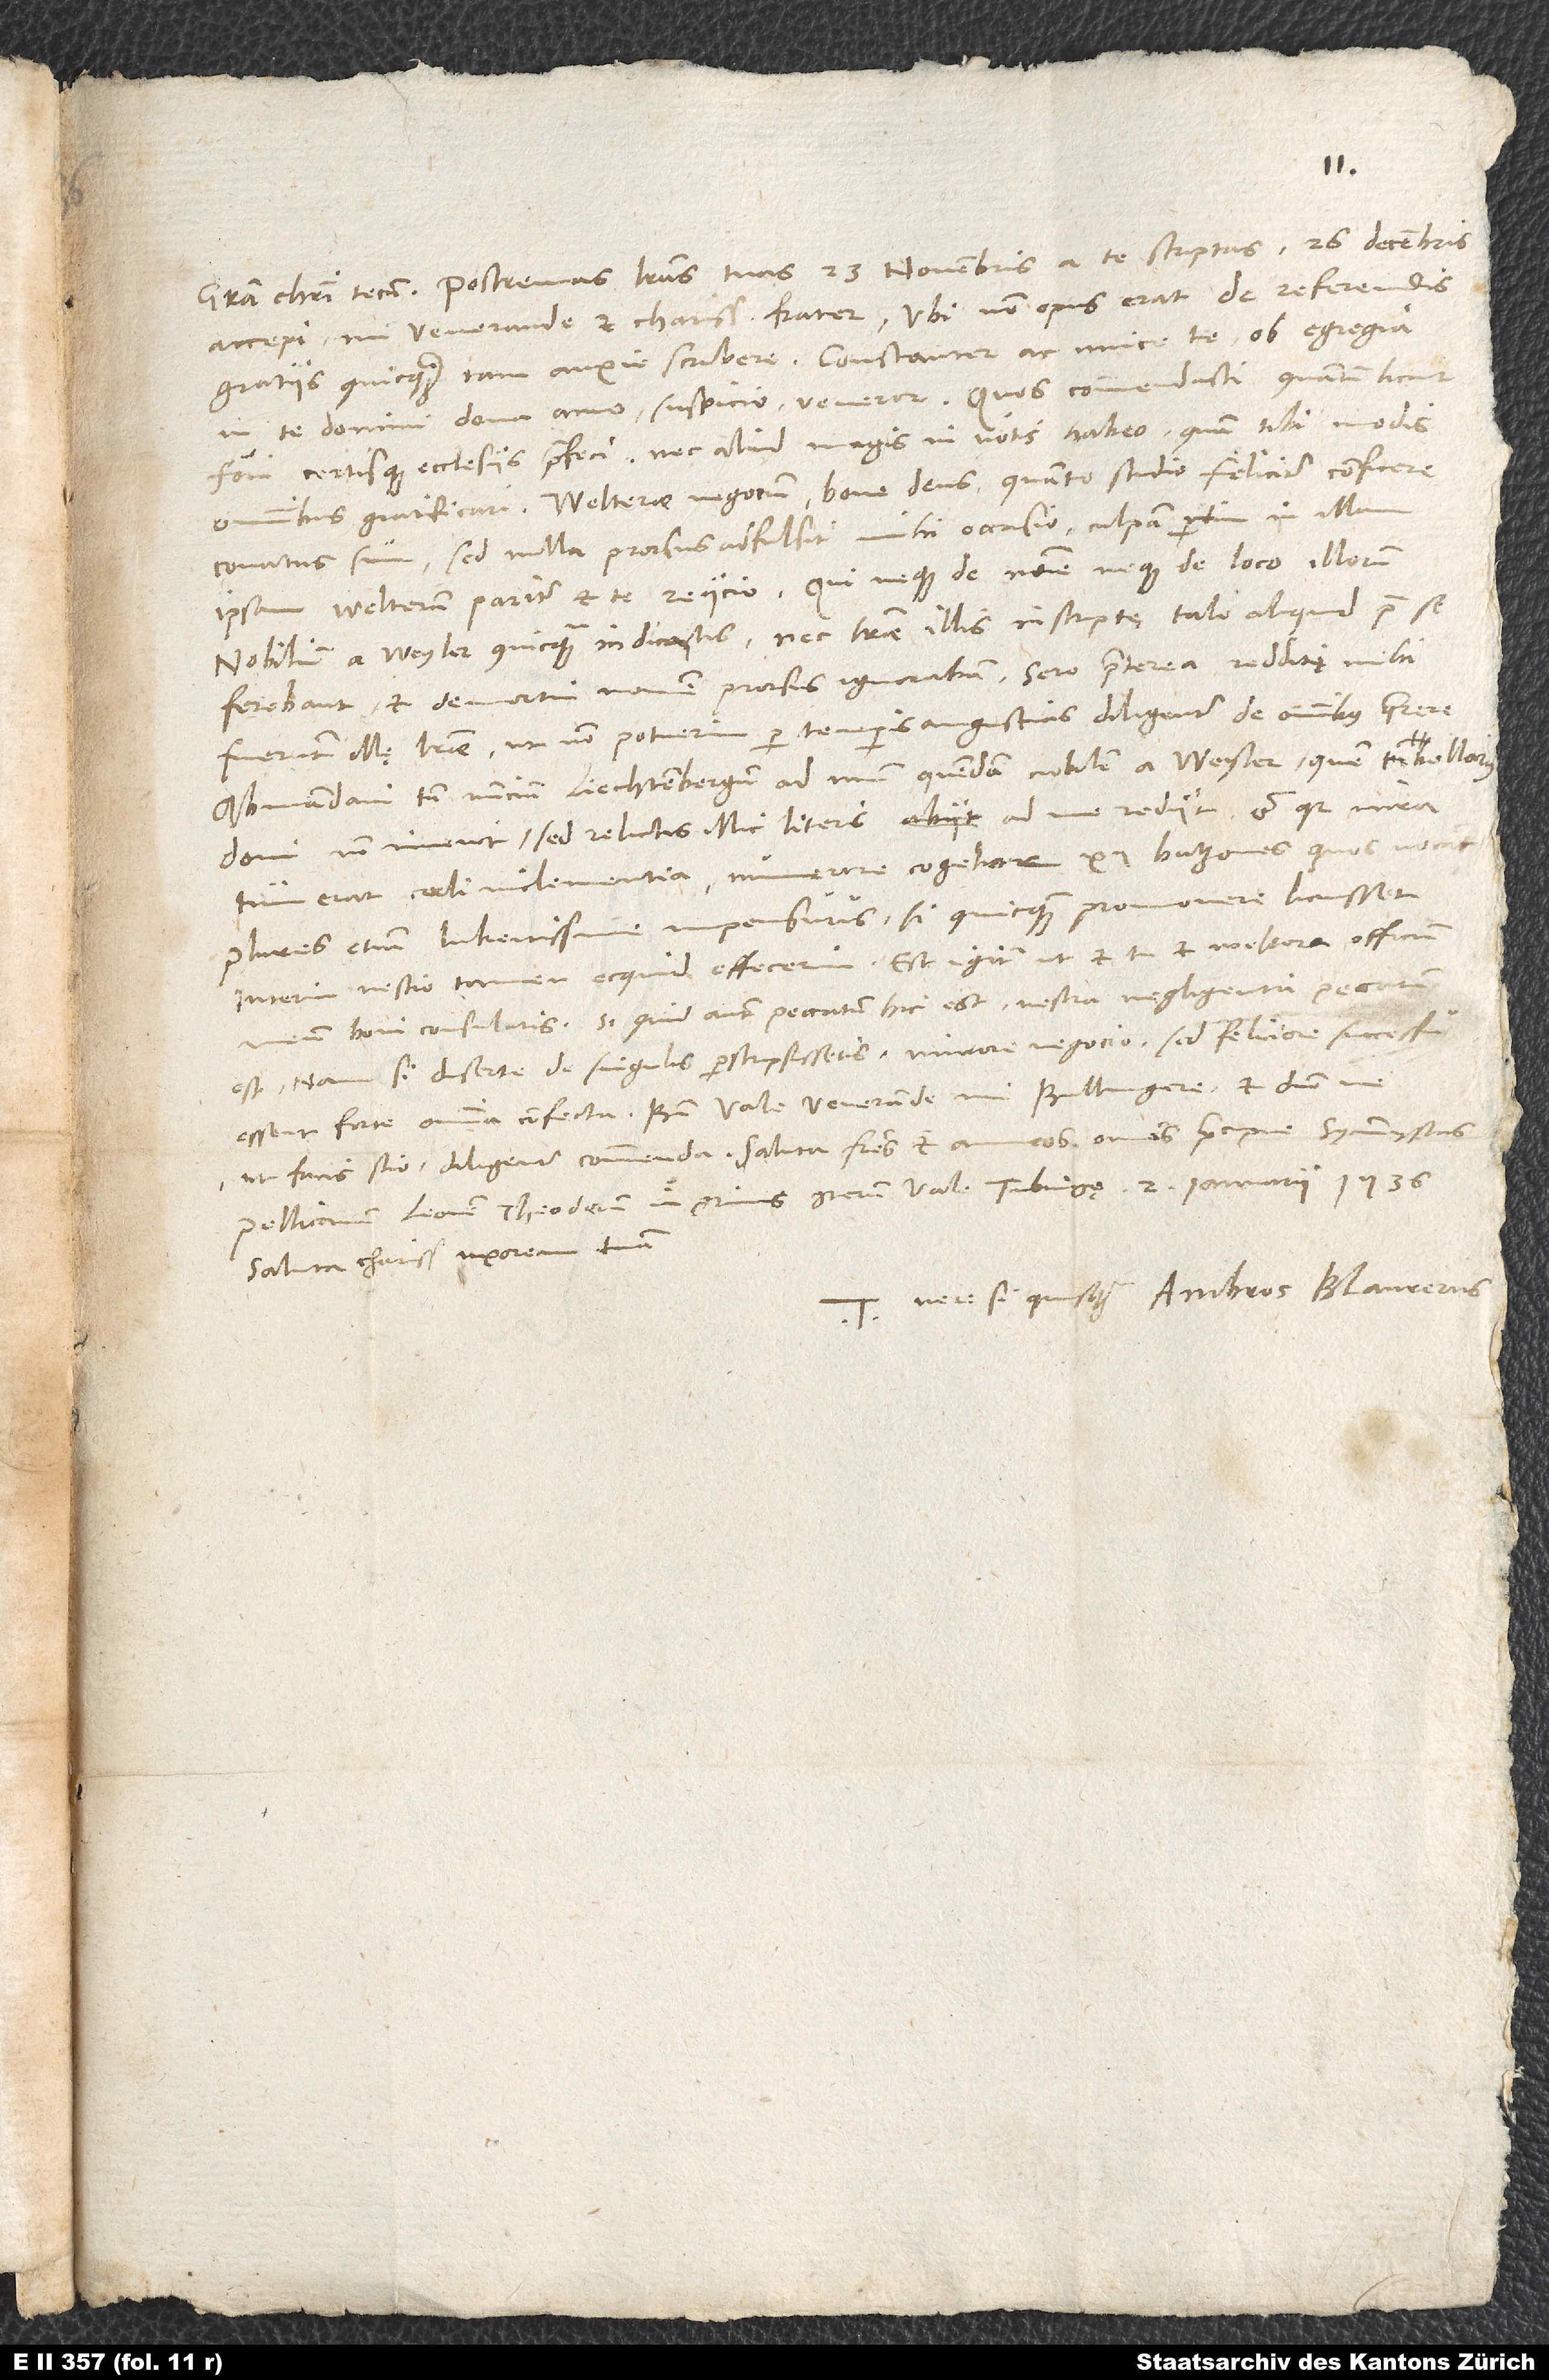
accepi, mi venerande et charissime frater, ubi non opus erat de referendis
gratiis quicquam tam anxie scribere. Constanter ac amice te ob egregia
fovi certisque ecclesiis praefeci nec aliud magis in votis habeo, quam tibi modis
Welterae negocium, bone deus, quanto studio feliciter conficere
conatus sum; sed nulla prorsus adfulsit mihi occasio. Culpam partim in illum
ipsum Welterum, pariter et te reiicio, qui neque de nomine neque de loco illorum
nobilium a Weyler quicquam indicastis, nec literae illis inscriptę tale aliquid prae se
ferebant, et demortui nomen prorsus ignorabam. Sero praeterea redditae mihi
fuerunt illę literę, ut non potuerim per temporis angustias diligenter de omnibus quaerere.
Abmandavi tamen nuncium Liechtenbergum, ad unum quendam nobilem a Weyler, quem tabellarius
domi non invenit, sed relictis illic literis ad me rediit, et quia mira
tum erat coeli inclementia, numerare cogebar 12 batzones, quos vocant,
plures etiam lubentissime impensurus, si quicquam promovere licuisset.
Interim nescio tamen, ecquid effecerim. Est igitur, ut et tu et Weltera officium
meum boni consulatis. Si quid autem peccatum hic est, vestra negligentia peccatum
est; nam si diserte de singulis perscripsissetis, minore negocio, sed feliciore successu
ut facis, scio, diligenter commenda. Saluta fratres et amicos omnes, praecipue symmystas,
Saluta charissimam uxorem tuam.
Tuus vere, si quisquam, Ambros Blaurerus.